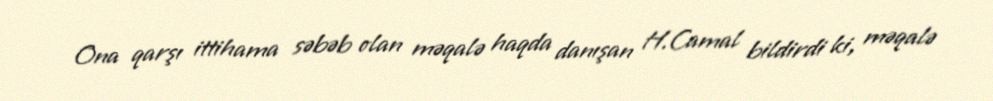
Ona qarşı ittihama səbəb olan məqalə haqda danışan H.Camal bildirdi ki, məqalə